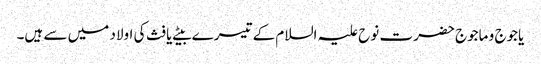
یاجوج و ماجوج حضرت نوح علیہ السلام کے تیسرے بیٹے یافث کی اولاد میں سے ہیں۔